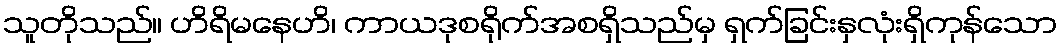
သူတိုသည်။ ဟိရိမနေဟိ၊ ကာယဒုစရိုက်အစရှိသည်မှ ရှက်ခြင်းနှလုံးရှိကုန်သော